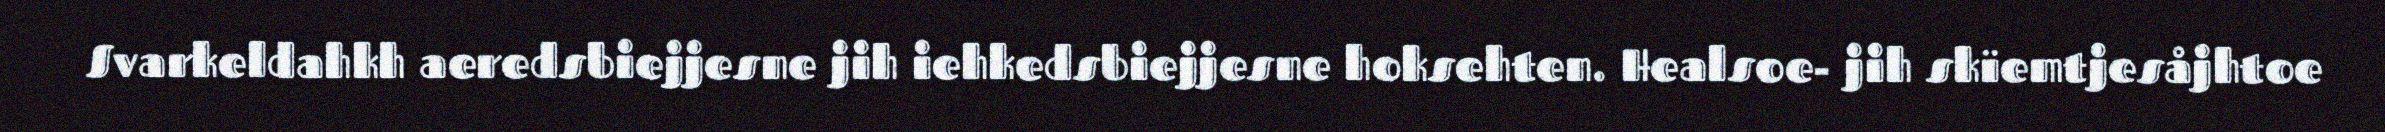
Svarkeldahkh aeredsbiejjesne jih iehkedsbiejjesne hoksehten. Healsoe- jih skïemtjesåjhtoe